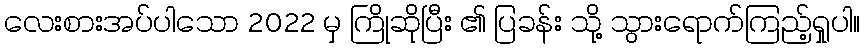
လေးစားအပ်ပါသော 2022 မှ ကြိုဆိုပြီး ၏ ပြခန်း သို့ သွားရောက်ကြည့်ရှုပါ။